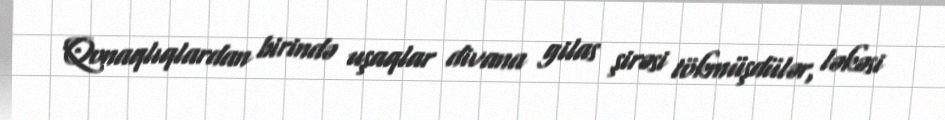
Qonaqlıqlardan birində uşaqlar divana gilas şirəsi tökmüşdülər, ləkəsi